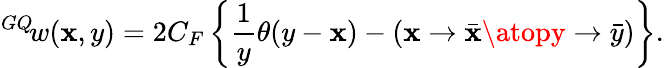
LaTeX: {^{GQ}\! w}(\mathbf{x},y)=2C_{F}\left\{ \frac{{1}}{{y}}\theta(y-\mathbf{x})-\left({\mathbf{x}\to\bar{{\mathbf{x}}}\atopy\to\bar{{y}}}\right)\right\} .